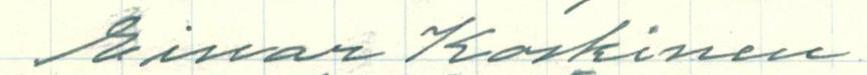
Einar Koskinen